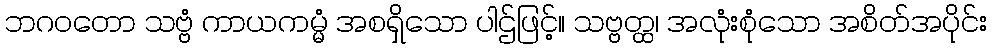
ဘဂဝတော သဗ္ဗံ ကာယကမ္မံ အစရှိသော ပါဌ်ဖြင့်။ သဗ္ဗတ္ထ၊ အလုံးစုံသော အစိတ်အပိုင်း